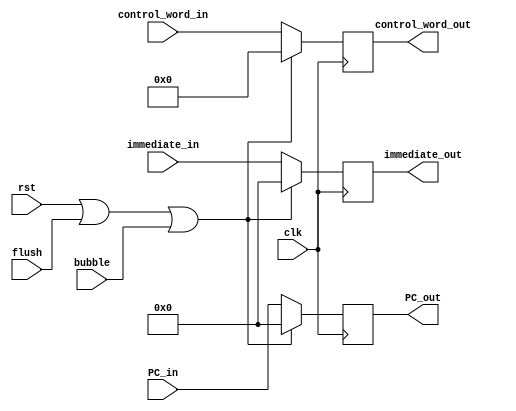
module IF_ID(   input clk,
                input rst,
                input flush,
                input bubble,
                input [34:0] control_word_in,
                output reg [34:0] control_word_out,
                input [31:0] immediate_in,
                output reg [31:0] immediate_out,
                input [31:0] PC_in,
                output reg [31:0] PC_out);


                // if rst / flsuh / bbulbe
                always@(posedge clk) begin
                    if ( rst | flush | bubble) begin
                        control_word_out <= 35'h000000000; 
                        immediate_out <= 32'h00000000;
                        PC_out <= 32'h00000000;
                    end
                    else begin
                        control_word_out <= control_word_in; 
                        immediate_out <= immediate_in;
                        PC_out <= PC_in;
                    end
                end
               



endmodule